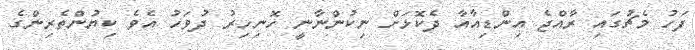
ފަހު މެޗުގައި ރާއްޖެ އިންޑިއާއާ ދެކޮޅަށް ނިކުންނާނީ ހޮނިހިރު ދުވަހު އެވެ ކިޔުންތެރިންގެ